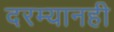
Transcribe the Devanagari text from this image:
दरम्यानही